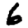
Digit: 6